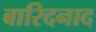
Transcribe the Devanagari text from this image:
बारिदनाद